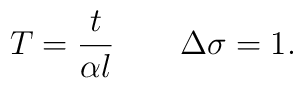
T=\frac{t}{\alpha l} \quad \quad \Delta\sigma=1 .